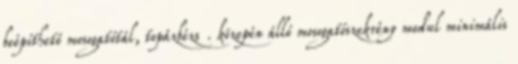
beépíthető mosogatótál, topázbézs . közepén álló mosogatószekrény modul minimális